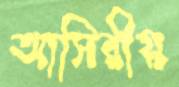
আসিরীয়